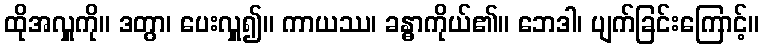
ထိုအလှူကို။ ဒတွာ၊ ပေးလှူ၍။ ကာယဿ၊ ခန္ဓာကိုယ်၏။ ဘေဒါ၊ ပျက်ခြင်းကြောင့်။